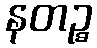
နတဉ္စ